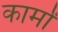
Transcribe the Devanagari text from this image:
कार्मां